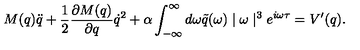
M ( q ) \ddot { q } + \frac { 1 } { 2 } \frac { \partial M ( q ) } { \partial q } \dot { q } ^ { 2 } + \alpha \int _ { - \infty } ^ { \infty } d \omega \tilde { q } ( \omega ) \mid \omega \mid ^ { 3 } e ^ { i \omega \tau } = V ^ { \prime } ( q ) .